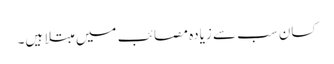
کسان سب سے زیادہ مصائب میں مبتلا ہیں۔